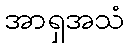
အာရှအသံ